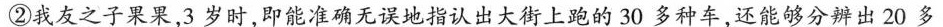
②我友之子果果，3岁时，即能准确无误地指认出大街上跑的30多种车，还能够分辨出20多